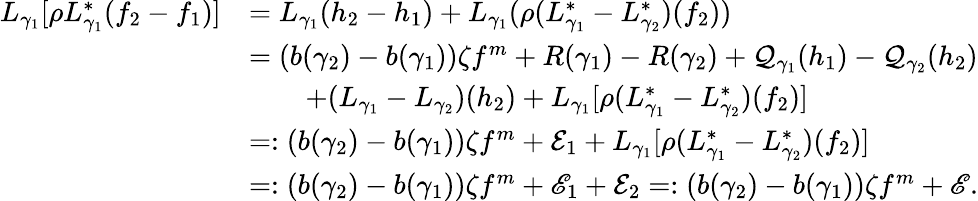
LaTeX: \begin{array}{rl}{L_{\gamma_{1}}[\rho L_{\gamma_{1}}^{*}(f_{2}-f_{1})]}&{=L_{\gamma_{1}}(h_{2}-h_{1})+L_{\gamma_{1}}(\rho(L_{\gamma_{1}}^{*}-L_{\gamma_{2}}^{*})(f_{2}))}\\ &{=(b(\gamma_{2})-b(\gamma_{1}))\zeta f^{m}+R(\gamma_{1})-R(\gamma_{2})+\mathcal Q_{\gamma_{1}}(h_{1})-\mathcal Q_{\gamma_{2}}(h_{2})}\\ &{\qquad+(L_{\gamma_{1}}-L_{\gamma_{2}})(h_{2})+L_{\gamma_{1}}[\rho(L_{\gamma_{1}}^{*}-L_{\gamma_{2}}^{*})(f_{2})]}\\ &{=:(b(\gamma_{2})-b(\gamma_{1}))\zeta f^{m}+\mathcal E_{1}+L_{\gamma_{1}}[\rho(L_{\gamma_{1}}^{*}-L_{\gamma_{2}}^{*})(f_{2})]}\\ &{=:(b(\gamma_{2})-b(\gamma_{1}))\zeta f^{m}+\mathscr E_{1}+\mathcal E_{2}=:(b(\gamma_{2})-b(\gamma_{1}))\zeta f^{m}+\mathscr E.}\end{array}